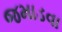
જમાડવા